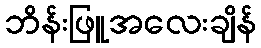
ဘိန်းဖြူအလေးချိန်